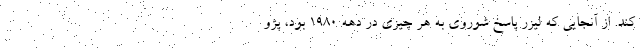
کند. از آنجایی که لیزر پاسخ شوروی به هر چیزی در دهه 1980 بود، پژو